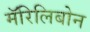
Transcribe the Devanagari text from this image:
मॅरिलिबोन